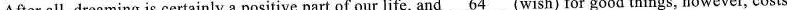
After all, dreaming is certainly a positive part of our life, and \underline{64} (wish) for good things, however, costs